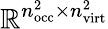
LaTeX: \mathbb{R}^{n_{\mathrm{occ}}^{2}\times n_{\mathrm{virt}}^{2}}